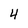
Character: 4